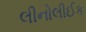
લીનોલીઈક